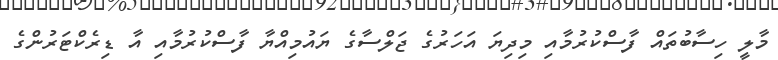
މާލީ ހިސާބުތައް ފާސްކުރުމާއި މިދިޔަ އަހަރުގެ ޖަލްސާގެ ޔައުމިއްޔާ ފާސްކުރުމާއި އާ ޑިރެކްޓަރުންގެ